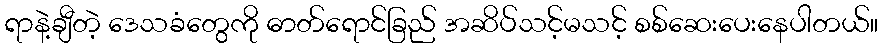
ရာနဲ့ချီတဲ့ ဒေသခံတွေကို ဓာတ်ရောင်ခြည် အဆိပ်သင့်မသင့် စစ်ဆေးပေးနေပါတယ်။